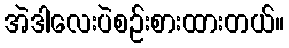
အဲဒါလေးပဲစဉ်းစားထားတယ်။